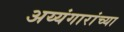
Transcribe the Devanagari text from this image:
अय्यंगारांच्या